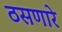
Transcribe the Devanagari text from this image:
ठसणारे